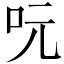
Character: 𠰂